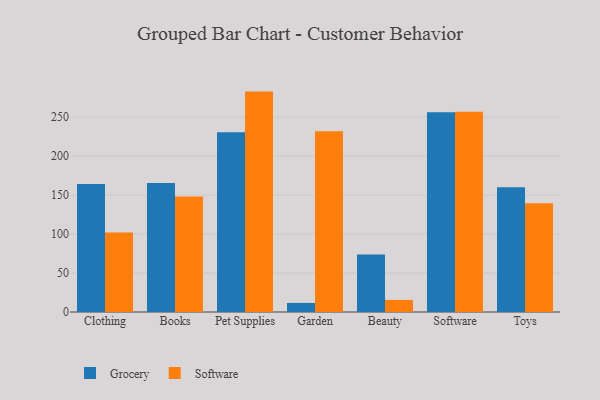
{"axis": {"x": "Category", "y": "Conversion Rate (%)"}, "legend": ["Grocery", "Software"], "data": [{"x": "Clothing", "y": 164.4, "type": "Grocery"}, {"x": "Clothing", "y": 102.2, "type": "Software"}, {"x": "Books", "y": 165.7, "type": "Grocery"}, {"x": "Books", "y": 148.4, "type": "Software"}, {"x": "Pet Supplies", "y": 230.8, "type": "Grocery"}, {"x": "Pet Supplies", "y": 282.9, "type": "Software"}, {"x": "Garden", "y": 11.6, "type": "Grocery"}, {"x": "Garden", "y": 232.0, "type": "Software"}, {"x": "Beauty", "y": 73.8, "type": "Grocery"}, {"x": "Beauty", "y": 15.5, "type": "Software"}, {"x": "Software", "y": 256.5, "type": "Grocery"}, {"x": "Software", "y": 257.0, "type": "Software"}, {"x": "Toys", "y": 160.2, "type": "Grocery"}, {"x": "Toys", "y": 139.7, "type": "Software"}]}